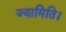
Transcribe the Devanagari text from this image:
ज्यामिति।